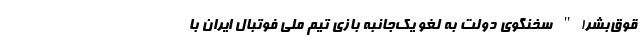
قوق‌بشر!" سخنگوی دولت به لغو یک‌جانبه بازی تیم ملی فوتبال ایران با